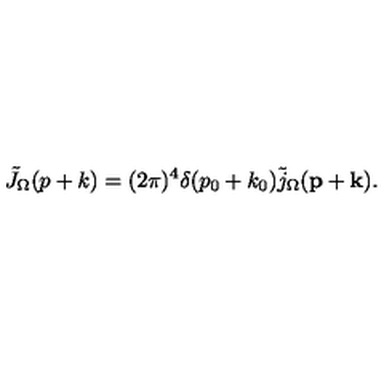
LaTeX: \tilde { J } _ { \Omega } ( p + k ) = ( 2 \pi ) ^ { 4 } \delta ( p _ { 0 } + k _ { 0 } ) \tilde { j } _ { \Omega } ( { \bf p } + { \bf k } ) .